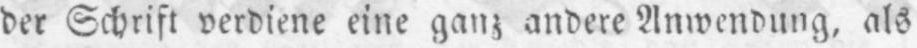
der Schrift verdiene eine ganz andere Anwendung, als